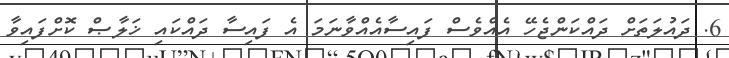
6. ދައުލަތަށް ދައްކަންޖެހޭ އެއްވެސް ފައިސާއެއްވާނަމަ އެ ފައިސާ ދައްކައި ޚަލާޞް ކޮށްފައިވާ